画像に写った文字を読んでください
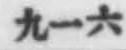
「九一六」と書いてあります